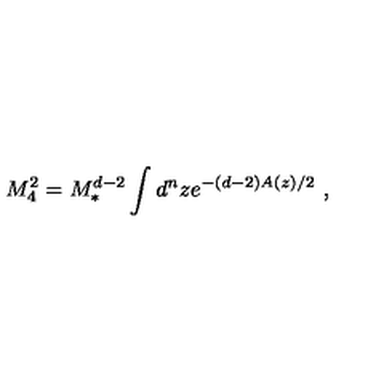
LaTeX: M _ { 4 } ^ { 2 } = M _ { * } ^ { d - 2 } \int d ^ { n } z e ^ { - ( d - 2 ) A ( z ) / 2 } \ ,